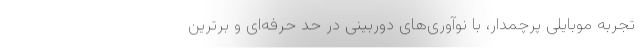
تجربه موبایلی پرچمدار، با نوآوری‌های دوربینی در حد حرفه‌ای و برترین